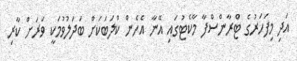
އަދި މިފަހަރުގެ ޓްރާންސްފާ މާކެޓުގައި އޭނާ އެހެން ކްލަބަކަށް ބަދަލުވުމަކީ ވަރަށް ކާރި